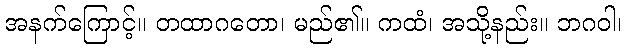
အနက်ကြောင့်။ တထာဂတော၊ မည်၏။ ကထံ၊ အသို့နည်း။ ဘဂဝါ၊